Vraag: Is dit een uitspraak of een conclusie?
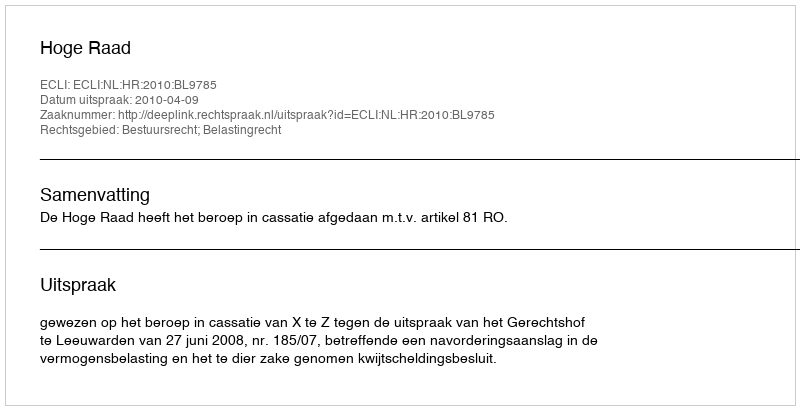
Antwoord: Uitspraak